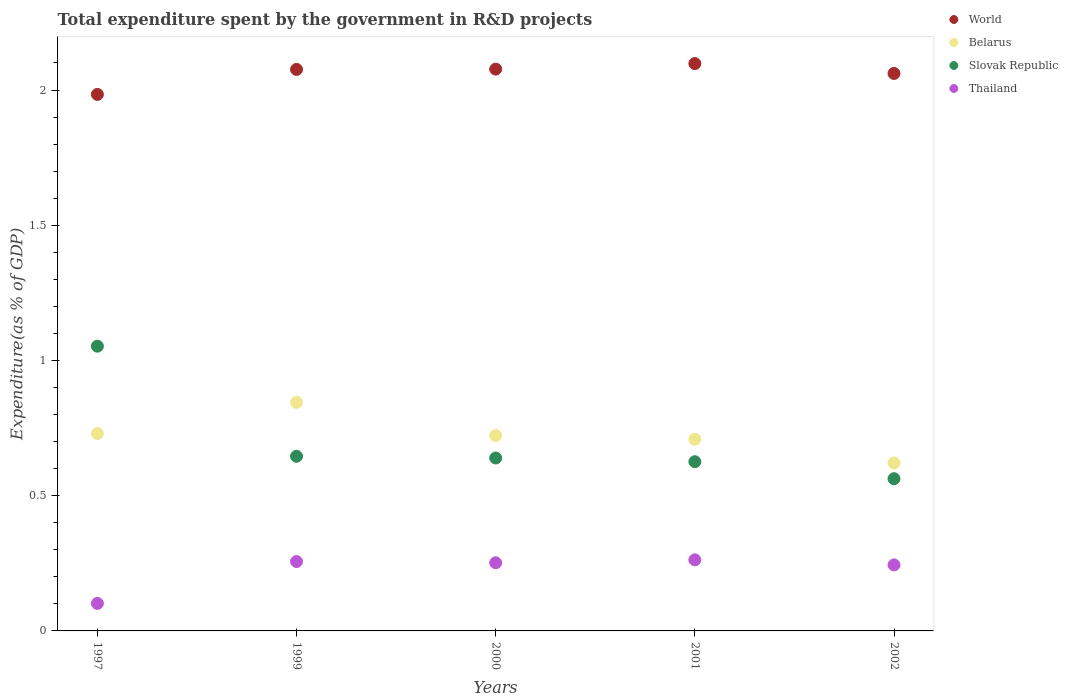
| Years | World | Belarus | Slovak Republic | Thailand |
 | --- | --- | --- | --- | --- |
 | 1997 | 1.98 | 0.73 | 1.05 | 0.102 |
 | 1999 | 2.08 | 0.845 | 0.646 | 0.257 |
 | 2000 | 2.08 | 0.722 | 0.639 | 0.252 |
 | 2001 | 2.1 | 0.709 | 0.626 | 0.263 |
 | 2002 | 2.06 | 0.621 | 0.563 | 0.244 |